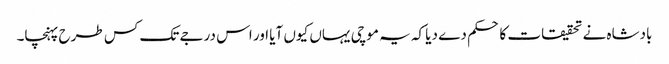
بادشاہ نے تحقیقات کا حکم دے دیا کہ یہ موچی یہاں کیوں آیا اور اس درجے تک کس طرح پہنچا۔